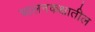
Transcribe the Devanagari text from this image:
चालनकक्षातील